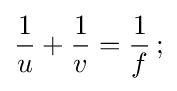
{\frac {1}{u}}+{\frac {1}{v}}={\frac {1}{f}}\,;